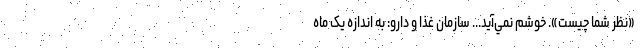
«نظر شما چيست». خوشم نمي‌آيد... سازمان غذا و دارو: به اندازه یک ماه